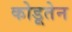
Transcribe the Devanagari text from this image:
कोडूतेन